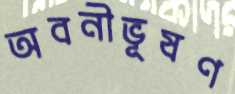
অবনীভূষণ